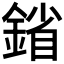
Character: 𨩠